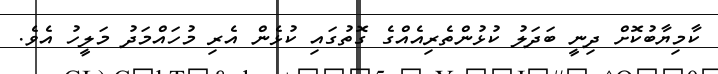
ކާމިޔާބުކޮށް ދިނީ ބަދަލު ކުޅުންތެރިއެއްގެ ގޮތުގައި ކުޅެން އެރި މުހައްމަދު މަލީހު އެވެ.